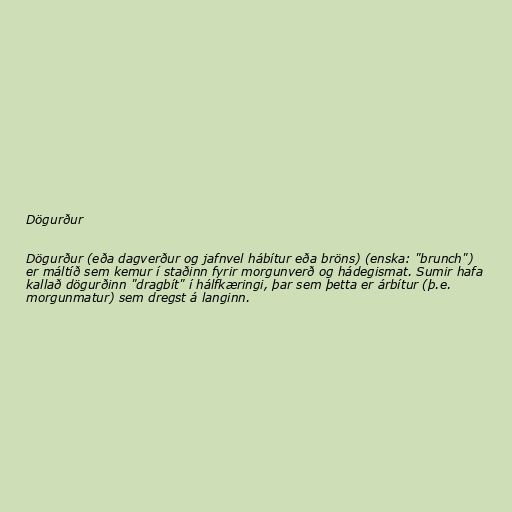
Dögurður

Dögurður (eða dagverður og jafnvel hábítur eða bröns) (enska: "brunch")
er máltíð sem kemur í staðinn fyrir morgunverð og hádegismat. Sumir hafa
kallað dögurðinn "dragbít" í hálfkæringi, þar sem þetta er árbítur (þ.e.
morgunmatur) sem dregst á langinn.